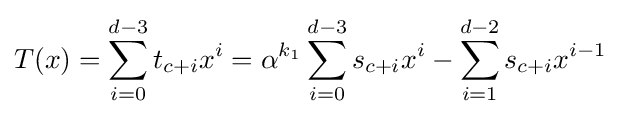
T(x)=\sum _{i=0}^{d-3}t_{c+i}x^{i}=\alpha ^{k_{1}}\sum _{i=0}^{d-3}s_{c+i}x^{i}-\sum _{i=1}^{d-2}s_{c+i}x^{i-1}